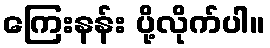
ကြေးနန်း ပို့လိုက်ပါ။